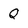
Character: Q